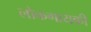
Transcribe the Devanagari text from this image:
लोकगायकी